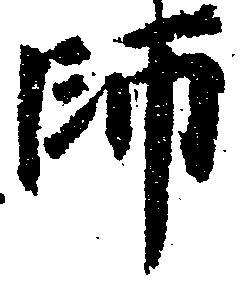
師